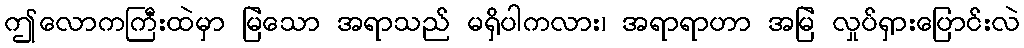
ဤလောကကြီးထဲမှာ မြဲသော အရာသည် မရှိပါကလား၊ အရာရာဟာ အမြဲ လှုပ်ရှားပြောင်းလဲ